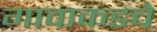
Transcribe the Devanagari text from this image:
गावाकडचे